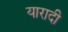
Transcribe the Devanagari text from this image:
यारादी